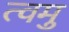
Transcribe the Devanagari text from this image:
त्वमु